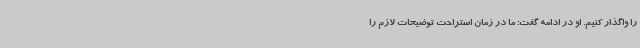
را واگذار کنیم. او در ادامه گفت: ما در زمان استراحت توضیحات لازم را